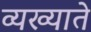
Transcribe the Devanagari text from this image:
व्यख्याते